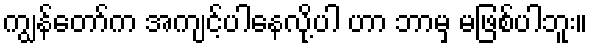
ကျွန်တော်က အကျင့်ပါနေလို့ပါ ဟာ ဘာမှ မဖြစ်ပါဘူး။